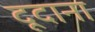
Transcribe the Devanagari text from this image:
दूदाना